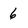
Character: 6